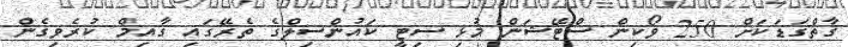
ގާތްގަޑަކަށް 250 ވޯކިން ސްޓޭޝަން މުޅި ސިޓީ ކައުންސިލްގެ ތެރޭގައި ގާއިމް ކުރެވިގެން